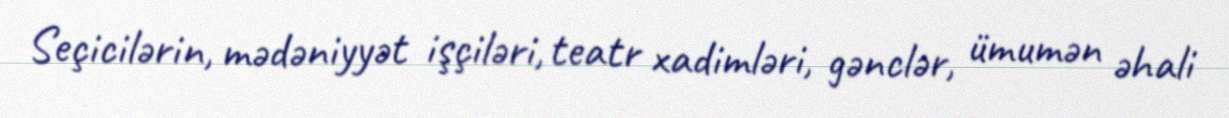
Seçicilərin, mədəniyyət işçiləri, teatr xadimləri, gənclər, ümumən əhali